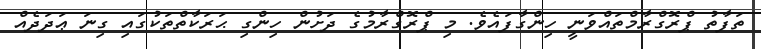
ތަފާތު ޕްރޮގްރާމްތައްވަނީ ހިންގާފައެވެ. މި ޕްރޮގްރާމުގެ ދަށުން ހިންގި ޙަރަކާތްތަކުގައި ގިނަ ޢަދަދެއް